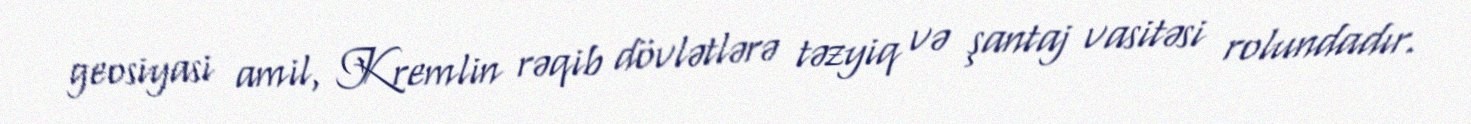
geosiyasi amil, Kremlin rəqib dövlətlərə təzyiq və şantaj vasitəsi rolundadır.